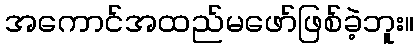
အကောင်အထည်မဖော်ဖြစ်ခဲ့ဘူး။